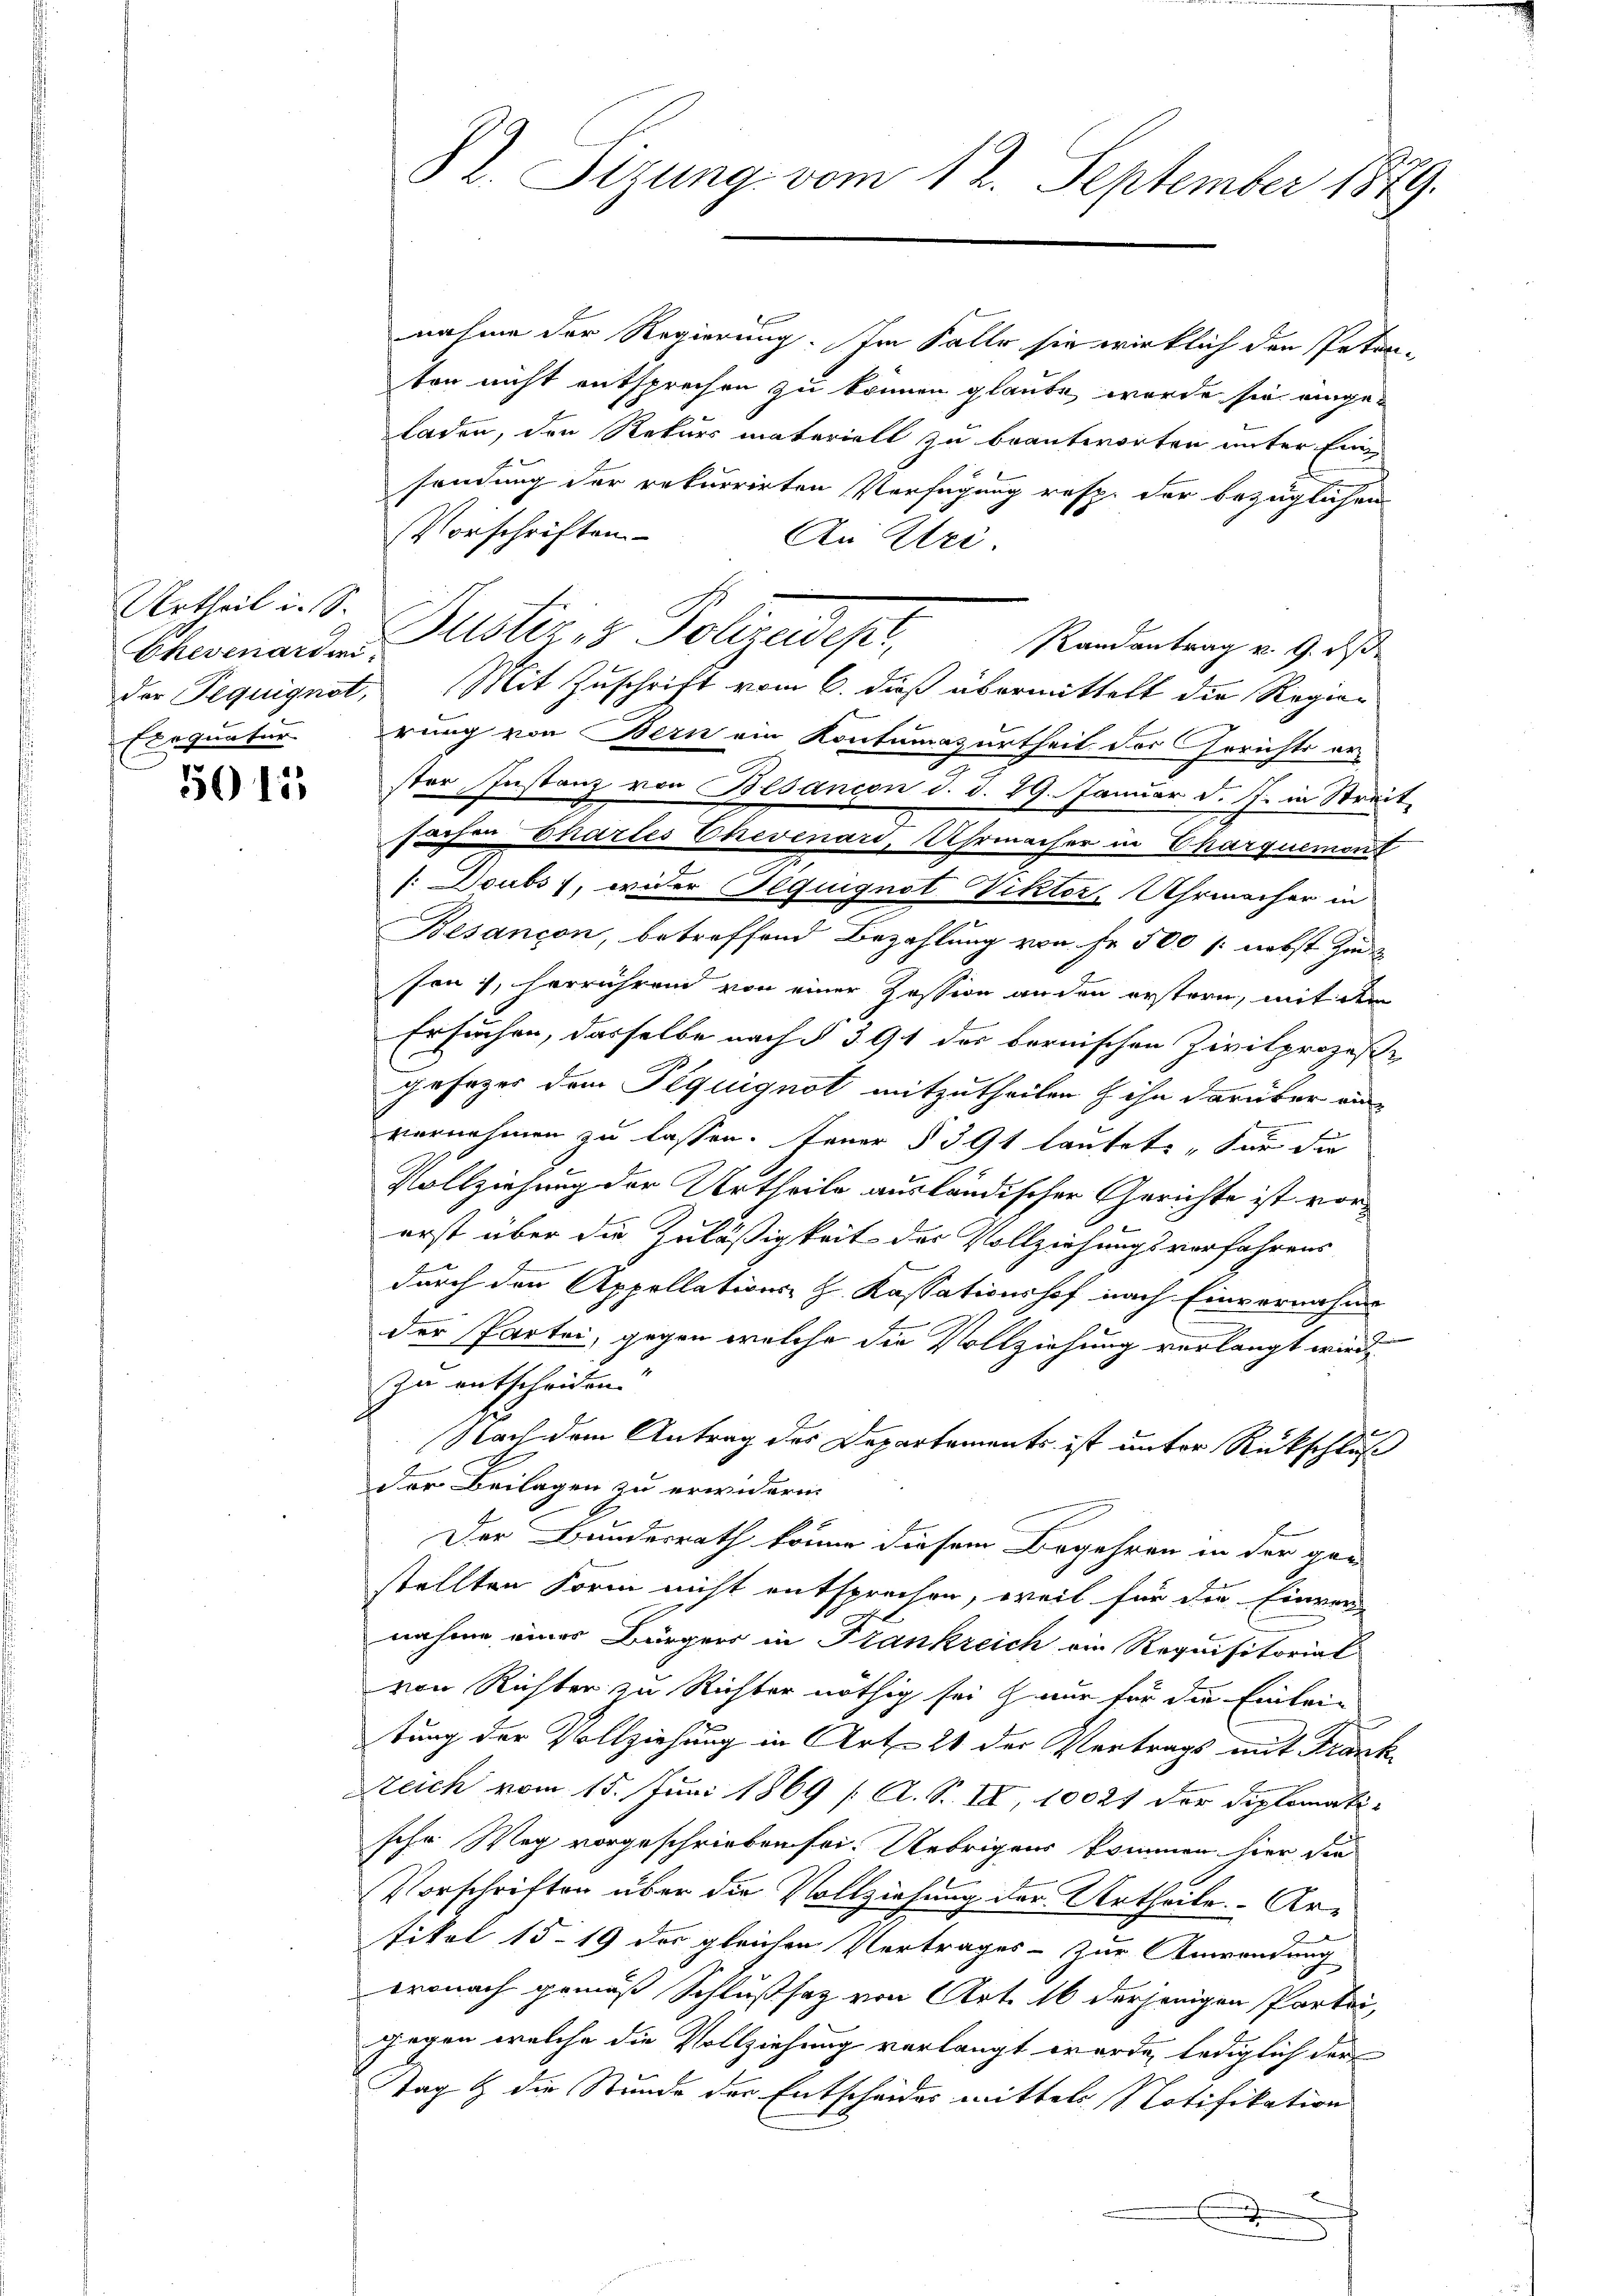
Urtheil i. S.
Ehevenardi¬
Exequatur

5015

nahme der Regierung. Im Falle sie wirklich den Petenton nicht entsprechen zu können glaube, wurde sie eingeladen, den Rekurs materiell zu beantworten unter Ein
sendung der rekurrirten Verfügung resp. der bezüglichen
Vorschriften
An Uri.
Justiz & Polizedepr
Randantrag v. 9. ds
der Peguignet, Mit Zuschrift vom 6. dieß übermittelt die Regier
rung von Bern ein Kontumazurtheil des Gerichts erster, Instanz von Besanion d. d. 29. Januar d. J. in Streit-
sachen Chartes Ehevenari, Uhrmacher in Charquemons
/: Doubs , wider Requignot Viktor, Uhrmacher in
Besançon, betreffend Bezahlung von Fr. 500 f: nebst Zins
son, herrührend von einer Zession an den erstern, mit dem
Ersuchen, dasselbe nach § 391 der bernischen Zivilprozeße
gesezes dem Pequignot mitzutheilen & ihn darüber ein
vernehmen zu lassen. Feuer § 391 lautete, für die
Vollziehung der Urtheile ausländischer Gerichte ist vorerst über die Zuläßigkeit der Vollziehungsverfahrens
i
durch den Appellations- H. Kassationshof nach Einvernahme
der Partei, gegen welche die Vollziehung verlangt wird.
zu entscheiden.
e
Nach dem Antrag des Departements ist unter Rückschluß
1
der Beilagen zu erwidern.
Der Bundesrath könne diesem Begehren in der gar
stellten Form nicht entsprechen, weil für die Einver-
nahme eines Bürger in Frankreich ein Requisitoriat
von Richter zu Richter nöthig sei nur für die Einlei-
tung der Vollziehung in Art. 21 der Vertrags mit Frank
Steich vom 15. Juni 1869 /A. S. II, 10021 der Diplomati-
sche Weg vorgeschrieben sei. Uebrigens kommen hier, die
Vorschriften über die Vollziehung der Urtheile. - Artikel 15. 19 der gleichen Vertrages - zur Anwendung
eronach gemäß Schlußsatz von Art. 16 derjenigen Partei,
Gegen welche die Vollziehung verlangt werde, lediglich der
Tag & die Stunde der Entscheides mittels Notifikation
.
e

St. Sizung vom 12. September 1879.